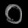
Digit: ၀